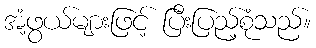
အံ့ဖွယ်များဖြင့် ပြီးပြည့်စုံသည်။